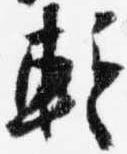
蹔